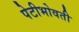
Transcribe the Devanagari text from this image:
पेटीभोवती